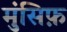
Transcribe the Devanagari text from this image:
मुंसिफ़